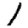
Digit: 1